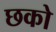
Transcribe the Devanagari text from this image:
छको